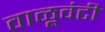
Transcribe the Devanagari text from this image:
वाळूवंटी